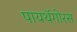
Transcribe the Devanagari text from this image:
पायथॅगोरस